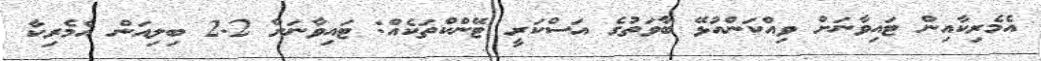
އެމެރިކާއިން ޓައިވާނަށް ވިއްކަންއުޅޭ ބާވަތުގެ އަސްކަރީ ޓޭންކްތަކެއް: ޓައިވާނަށް 2.2 ބިލިއަން އެމެރިކާ